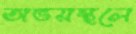
অভয়স্থলে